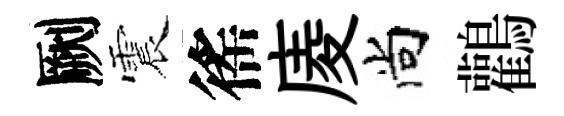
劂震徭庱尚鸛